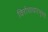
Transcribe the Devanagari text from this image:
विरोधाधारभूमये